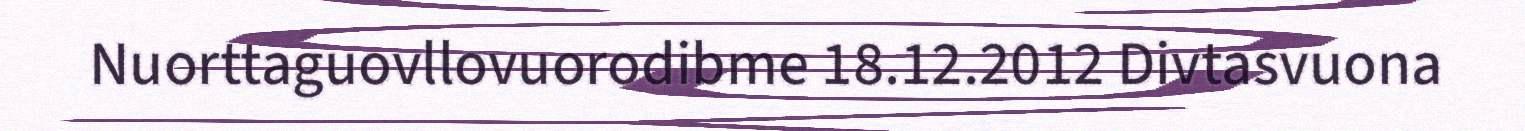
Nuorttaguovllovuorodibme 18.12.2012 Divtasvuona